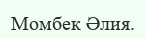
Момбек Әлия.